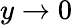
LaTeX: y\rightarrow 0